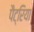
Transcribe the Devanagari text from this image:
पैट्रिया